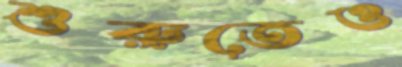
শুরুতেও